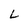
Character: L